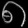
Digit: ၈